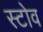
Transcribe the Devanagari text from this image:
स्‍टोव